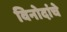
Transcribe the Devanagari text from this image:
विनोदांचे